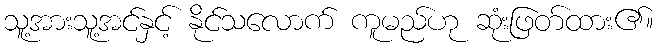
သူ့အားသူ့အင်နှင့် နိုင်သလောက် ကူမည်ဟု ဆုံးဖြတ်ထား၏။